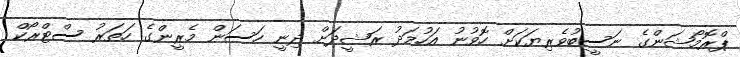
ޕްރޮމޯޝަންގެ ނަސީބުވެރިޔަކަށް ހޮވުނު އަހުމަދު ރަޝީދަށް ދިނީ ހަސަން މެރީންގެ ހަތަރު ސްޓްރޯކް